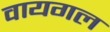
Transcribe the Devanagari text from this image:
वायगल